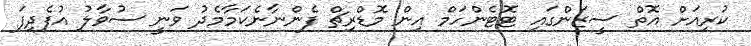
ކުރިއަށް އޮތް ސީޒަންގައި ޓޮޓެންހަމް އިން މޮޑްރިޗް ފެންނާނެކަމާމެދު ވަނީ ސުވާލު އުފެދިފަ